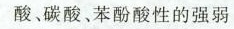
酸、碳酸、苯酚酸性的强弱